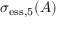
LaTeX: \sigma _ { \mathrm { e s s } , 5 } ( A )